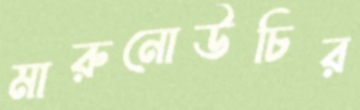
মারুনোউচির